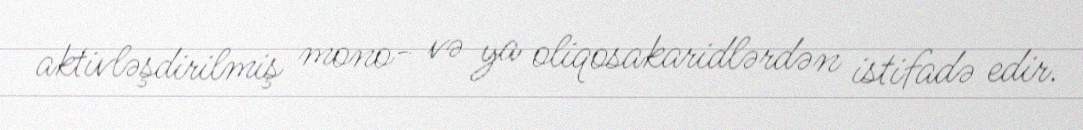
aktivləşdirilmiş mono- və ya oliqosakaridlərdən istifadə edir.